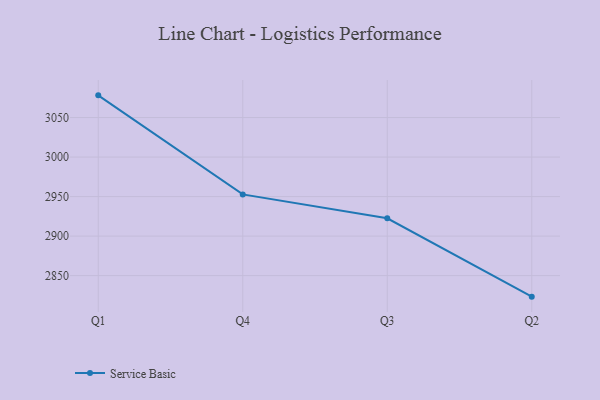
{"axis": {"x": "Quarter", "y": "Demand Index"}, "legend": ["Service Basic"], "data": [{"x": "Q1", "y": 3078.1, "type": "Service Basic"}, {"x": "Q4", "y": 2952.8, "type": "Service Basic"}, {"x": "Q3", "y": 2922.5, "type": "Service Basic"}, {"x": "Q2", "y": 2823.4, "type": "Service Basic"}]}